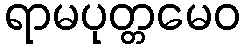
ရာမပုတ္တမေဝ